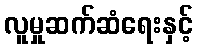
လူမှုဆက်ဆံရေးနှင့်